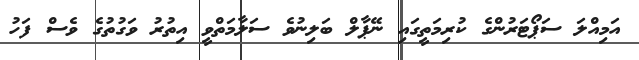
އަމިއްލަ ސަޕޯޓަރުންގެ ކުރިމަތީގައި ނޭޕާލް ބަލިނުވެ ސަލާމަތްވީ އިތުރު ވަގުތުގެ ވެސް ފަހު